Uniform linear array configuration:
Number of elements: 4
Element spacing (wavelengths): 0.5
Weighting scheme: binomial
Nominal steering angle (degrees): -15
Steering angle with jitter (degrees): -14.499
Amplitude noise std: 0.05
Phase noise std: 0.05

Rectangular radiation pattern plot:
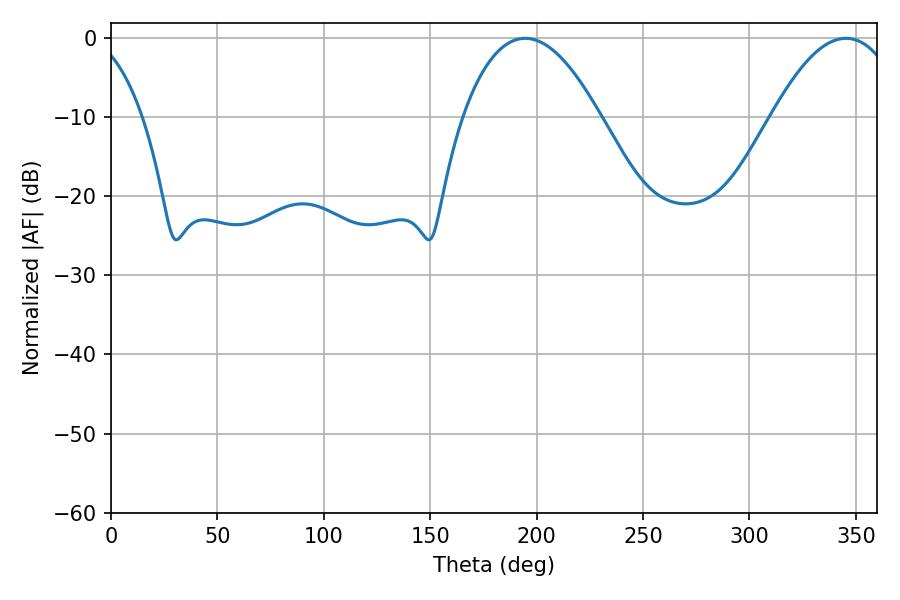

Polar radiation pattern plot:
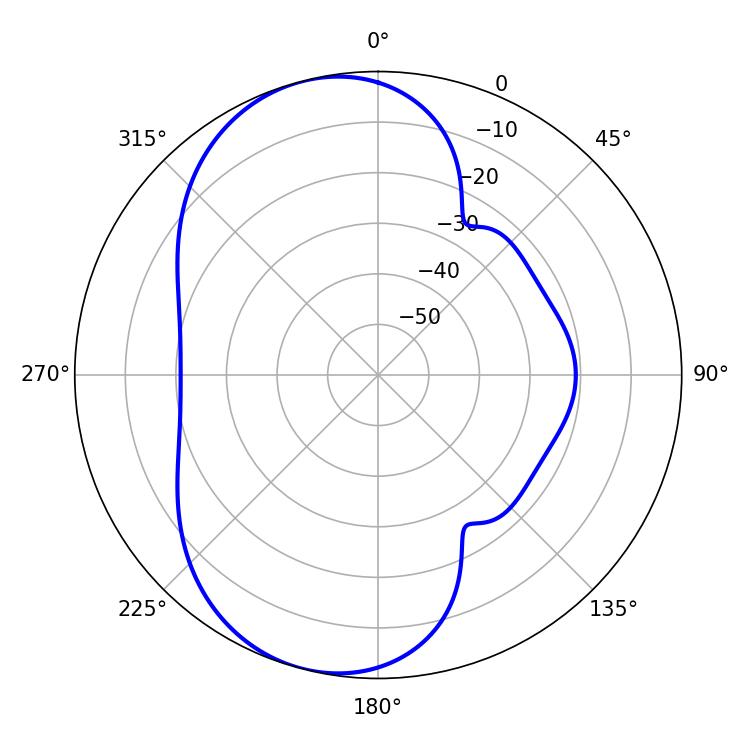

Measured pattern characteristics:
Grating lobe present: FALSE
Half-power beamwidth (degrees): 35.64
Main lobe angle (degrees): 194.58